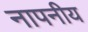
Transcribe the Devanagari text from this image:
नापनीय